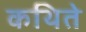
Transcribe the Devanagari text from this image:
कथिते